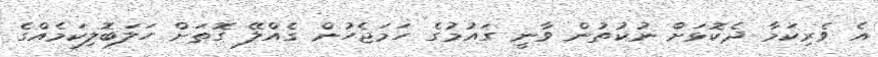
އެ ވެރިކަމާ ދެކޮޅަށް ނުކުތުން ވާނީ ގައުމުގެ ހަމަޖެހުން ގެއްލޭ ގޮތަށް ހަލަބޮލިކަމެއްގެ